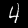
Label: 4